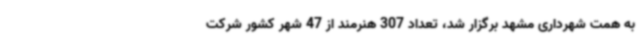
به همت شهرداری مشهد برگزار شد، تعداد 307 هنرمند از 47 شهر کشور شرکت